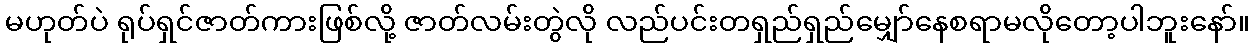
မဟုတ်ပဲ ရုပ်ရှင်ဇာတ်ကားဖြစ်လို့ ဇာတ်လမ်းတွဲလို လည်ပင်းတရှည်ရှည်မျှော်နေစရာမလိုတော့ပါဘူးနော်။